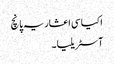
اکیاسی اعشاریہ پانچ
آسٹریلیا ۔